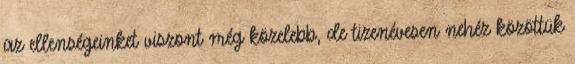
az ellenségeinket viszont még közelebb, de tizenévesen nehéz közöttük